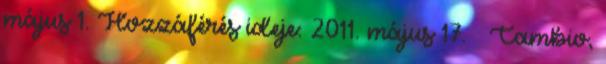
május 1. Hozzáférés ideje: 2011. május 17. ↑ Cambio,